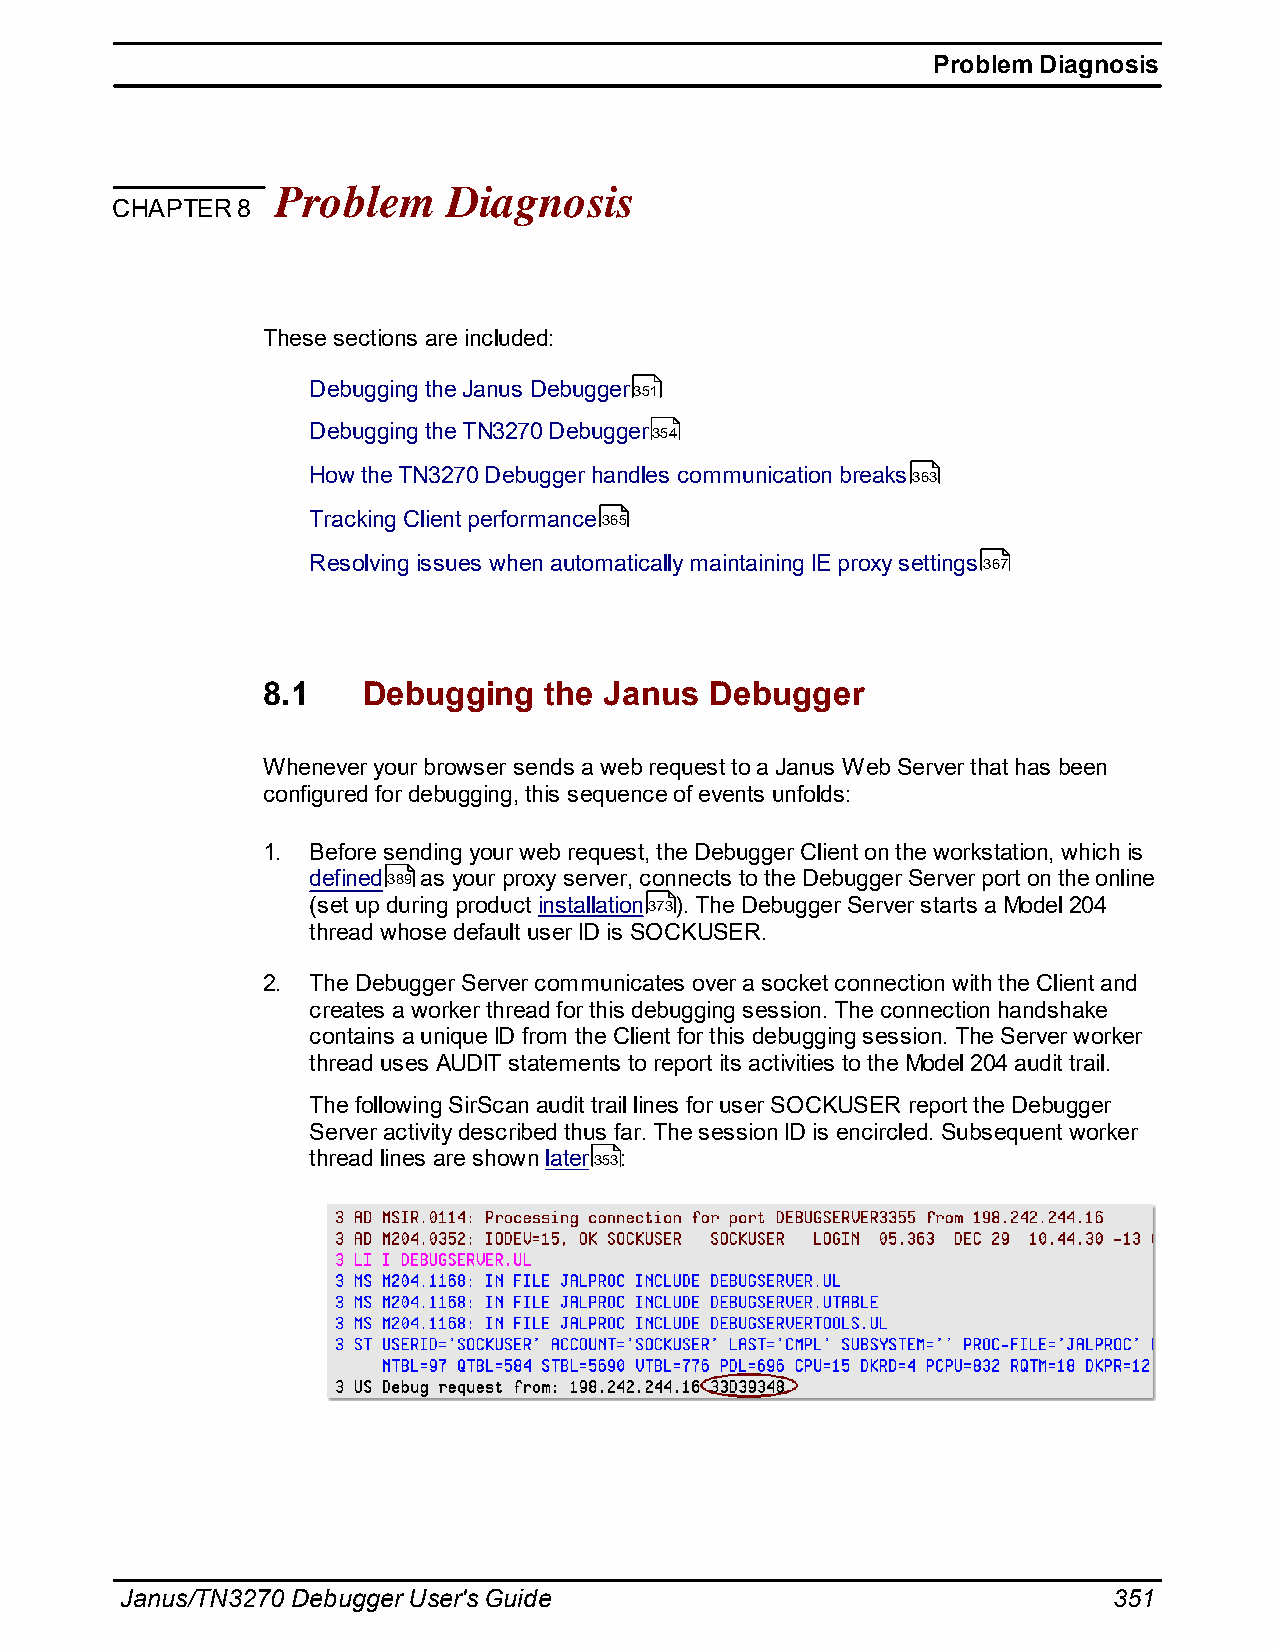
Problem Diagnosis
 Problem     Diagnosis
 CHAPTER  8
 These sections are included:
 Debugging the Janus Debugger351
 Debugging the TN3270 Debugger354
 How the TN3270 Debugger handles communication breaks363
 Tracking Client performance365
 Resolving issues when automatically maintaining IE proxy settings367
 8.1    Debugging   the Janus  Debugger
 Whenever your browser sends a web request to a Janus Web Server that has been
 configured for debugging, this sequence of events unfolds:
 1. Before sending your web request, the Debugger Client on the workstation, which is
 defined389 as your proxy server, connects to the Debugger Server port on the online
 (set up during product installation373). The Debugger Server starts a Model 204
 thread whose default user ID is SOCKUSER.
 2. The Debugger Server communicates over a socket connection with the Client and
 creates a worker thread for this debugging session. The connection handshake
 contains a unique ID from the Client for this debugging session. The Server worker
 thread uses AUDIT statements to report its activities to the Model 204 audit trail.
 The following SirScan audit trail lines for user SOCKUSER report the Debugger
 Server activity described thus far. The session ID is encircled. Subsequent worker
 thread lines are shown later353:
 Janus/TN3270 Debugger User's Guide                                351